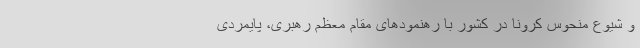
و شیوع منحوس کرونا در کشور با رهنمودهای مقام معظم رهبری، پایمردی